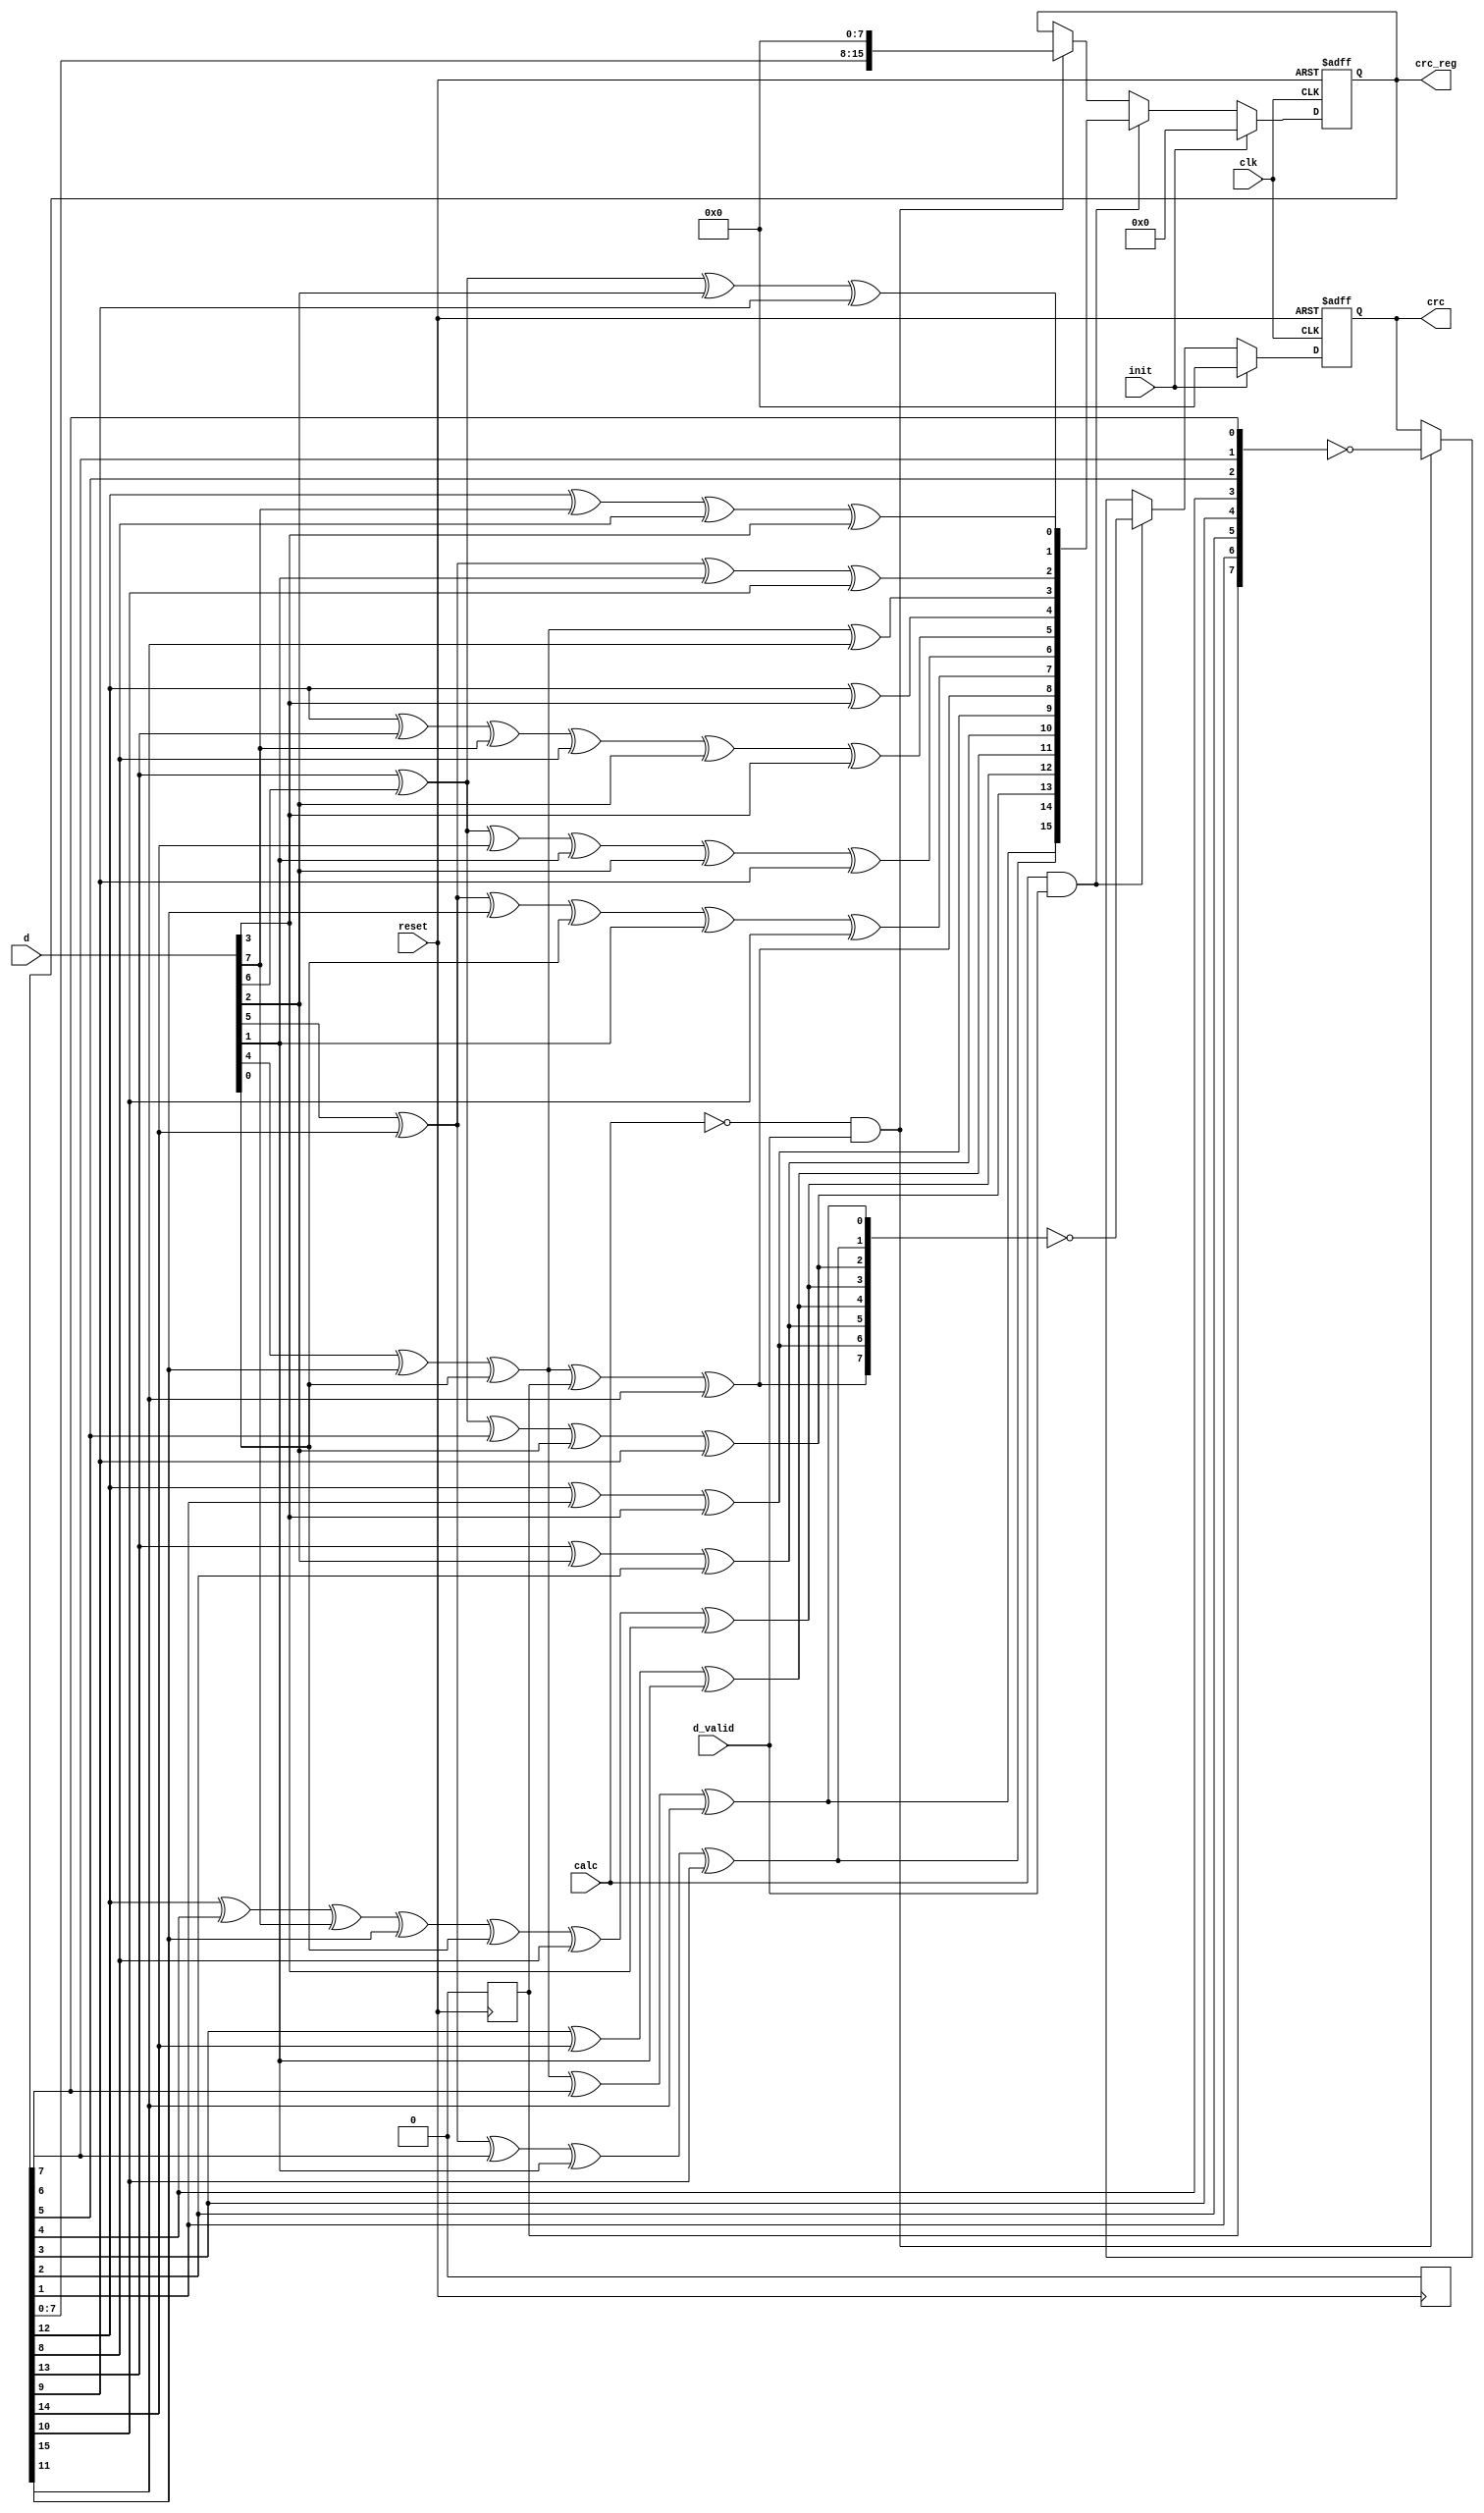
/**
	 12.13CRC 
	23,24,29,30,34,35,40,41,47,48
*/

module crc(crc_reg,crc,d,calc,init,d_valid,clk,reset);
output[15:0] crc_reg;
output[7:0] crc;
input[7:0] d;
input calc;
input init;
input d_valid;
input clk;
input reset;
reg[15:0] crc_reg;
reg[7:0] crc;
wire[15:0] next_crc;

always @(posedge clk or posedge reset)
	begin
		if (reset)
		begin
			crc_reg <= 16'h0000;
			crc <= 8'h00;
		end

		else if (init)
		begin
			crc_reg <= 16'h0000;
			crc <= 8'h00;
		end
		else if (calc & d_valid)
		begin
			crc_reg <= next_crc;
			crc <= ~{next_crc[8], next_crc[9], next_crc[10], next_crc[11],
			next_crc[12], next_crc[13], next_crc[14], next_crc[15]};
		end
		else if (~calc & d_valid)
		begin
			crc_reg <= {crc_reg[7:0], 8'h00};
			crc <= ~{crc_reg[0], crc_reg[1], crc_reg[2], crc_reg[3],
			 crc_reg[4], crc_reg[5], crc_reg[6], crc_reg[7]};
		end
	end

always @(negedge reset ) begin
	crc[0] <= 0;
	crc_reg[0] <= 0; 
end

assign next_crc[0] = crc_reg[12] ^ d[7] ^ crc_reg[8] ^ d[3];
assign next_crc[1] = crc_reg[13] ^ d[6] ^ d[2] ^ crc_reg[9];
assign next_crc[2] = d[5] ^ crc_reg[14] ^ d[1] ^ crc_reg[10];
assign next_crc[3] = d[4] ^ crc_reg[15] ^ d[0] ^ crc_reg[11];
assign next_crc[4] = crc_reg[12] ^ d[3];
assign next_crc[5]=crc_reg[12]^crc_reg[13]^d[7]^crc_reg[8]^d[2]^d[3];
assign next_crc[6] = crc_reg[13] ^ d[6] ^ crc_reg[14] ^ d[1] ^ d[2] ^
crc_reg[9];
assign next_crc[7] = d[5] ^ crc_reg[14] ^ crc_reg[15] ^ d[0] ^ d[1] ^
crc_reg[10];
assign next_crc[8] = d[4] ^ crc_reg[15] ^ d[0] ^ crc_reg[0] ^ crc_reg[11];
assign next_crc[9] = crc_reg[12] ^ crc_reg[1] ^ d[3];
assign next_crc[10] = crc_reg[13] ^ d[2] ^ crc_reg[2];
assign next_crc[11] = crc_reg[3] ^ crc_reg[14] ^ d[1];
assign next_crc[12] = crc_reg[12] ^ crc_reg[4] ^ d[7] ^ crc_reg[15]
^ d[0] ^ crc_reg[8] ^ d[3];
assign next_crc[13] = crc_reg[13] ^ d[6] ^ crc_reg[5] ^ d[2] ^ crc_reg[9];
assign next_crc[14] = d[5] ^ crc_reg[14] ^ crc_reg[6] ^ d[1] ^ crc_reg[10];
assign next_crc[15] = d[4] ^ crc_reg[15] ^ d[0] ^ crc_reg[7] ^ crc_reg[11];
endmodule